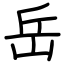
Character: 岳